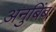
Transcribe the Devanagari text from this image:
अनुबिंब